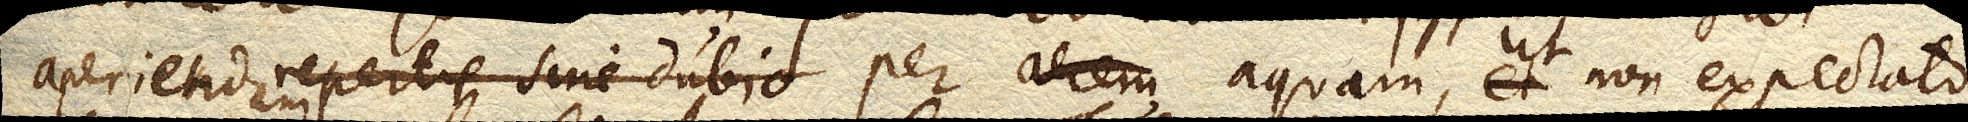
aperiet repertis sine dubio aperiendam per aerem aquam, ut non expectato